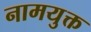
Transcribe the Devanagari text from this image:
नामयुक्त